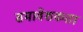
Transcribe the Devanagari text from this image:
समावेशकता